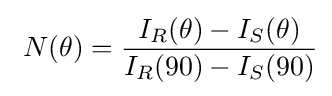
\ N(\theta )={\frac {I_{R}(\theta )-I_{S}(\theta )}{I_{R}(90)-I_{S}(90)}}